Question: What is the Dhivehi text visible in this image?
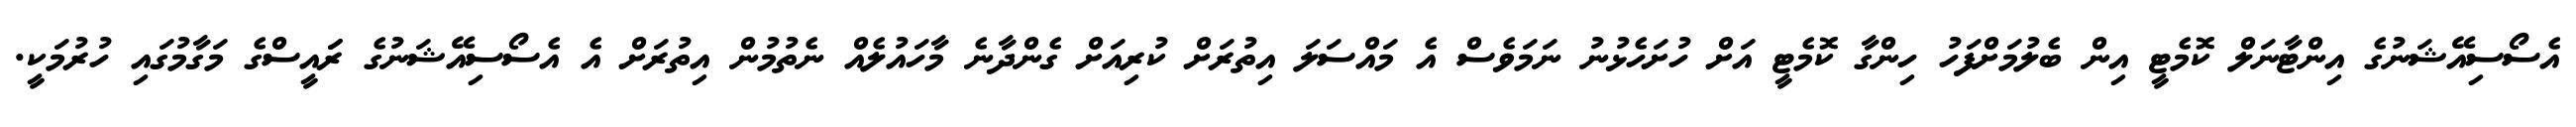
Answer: އެސޯސިއޭޝަނުގެ އިންޓާނަލް ކޮމެޓީ އިން ބެލުމަށްފަހު ހިންގާ ކޮމެޓީ އަށް ހުށަހެޅުނު ނަމަވެސް އެ މައްސަލަ އިތުރަށް ކުރިއަށް ގެންދާނެ މާހައުލެއް ނެތުމުން އިތުރަށް އެ އެސޯސިއޭޝަނުގެ ރަައީސްގެ މަގާމުގައި ހުރުމަކީ.